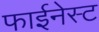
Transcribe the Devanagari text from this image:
फाईनेस्ट